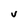
Character: V